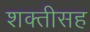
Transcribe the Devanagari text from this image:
शक्तीसह